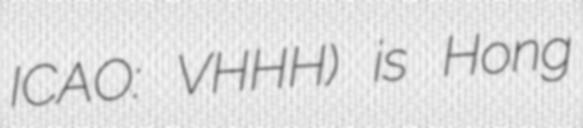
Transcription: ICAO: VHHH) is Hong